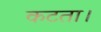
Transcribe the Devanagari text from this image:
कटता।